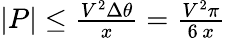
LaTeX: \begin{array}{r}{|P|\le\frac{V^{2}\Delta\theta}{x}=\frac{V^{2}\pi}{6\, x}}\end{array}